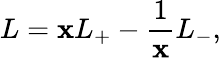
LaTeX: L=\mathbf{x}L_{+}-\frac{{1}}{{\mathbf{x}}}L_{-},